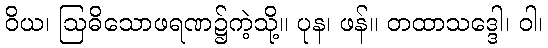
ဝိယ၊ ဩဓိသောဖရဏ၌ကဲ့သို့။ ပုန၊ ဖန်။ တထာသဒ္ဒေါ၊ ဝါ၊